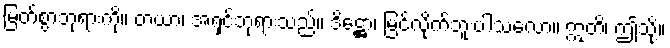
မြတ်စွာဘုရားကို။ တယာ၊ အရှင်ဘုရားသည်။ ဒိဋ္ဌော၊ မြင်လိုက်ဘူးပါသလော။ ဣတိ၊ ဤသို့။